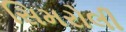
સિમરોલી